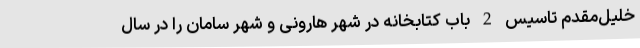
خلیل‌مقدم تاسیس 2 باب کتابخانه در شهر هارونی و شهر سامان را در سال